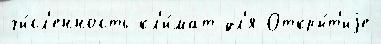
чи́сл'енность кл'и́мат дл'я Откры́т'иjе